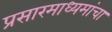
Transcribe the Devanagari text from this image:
प्रसारमाध्यमांचा